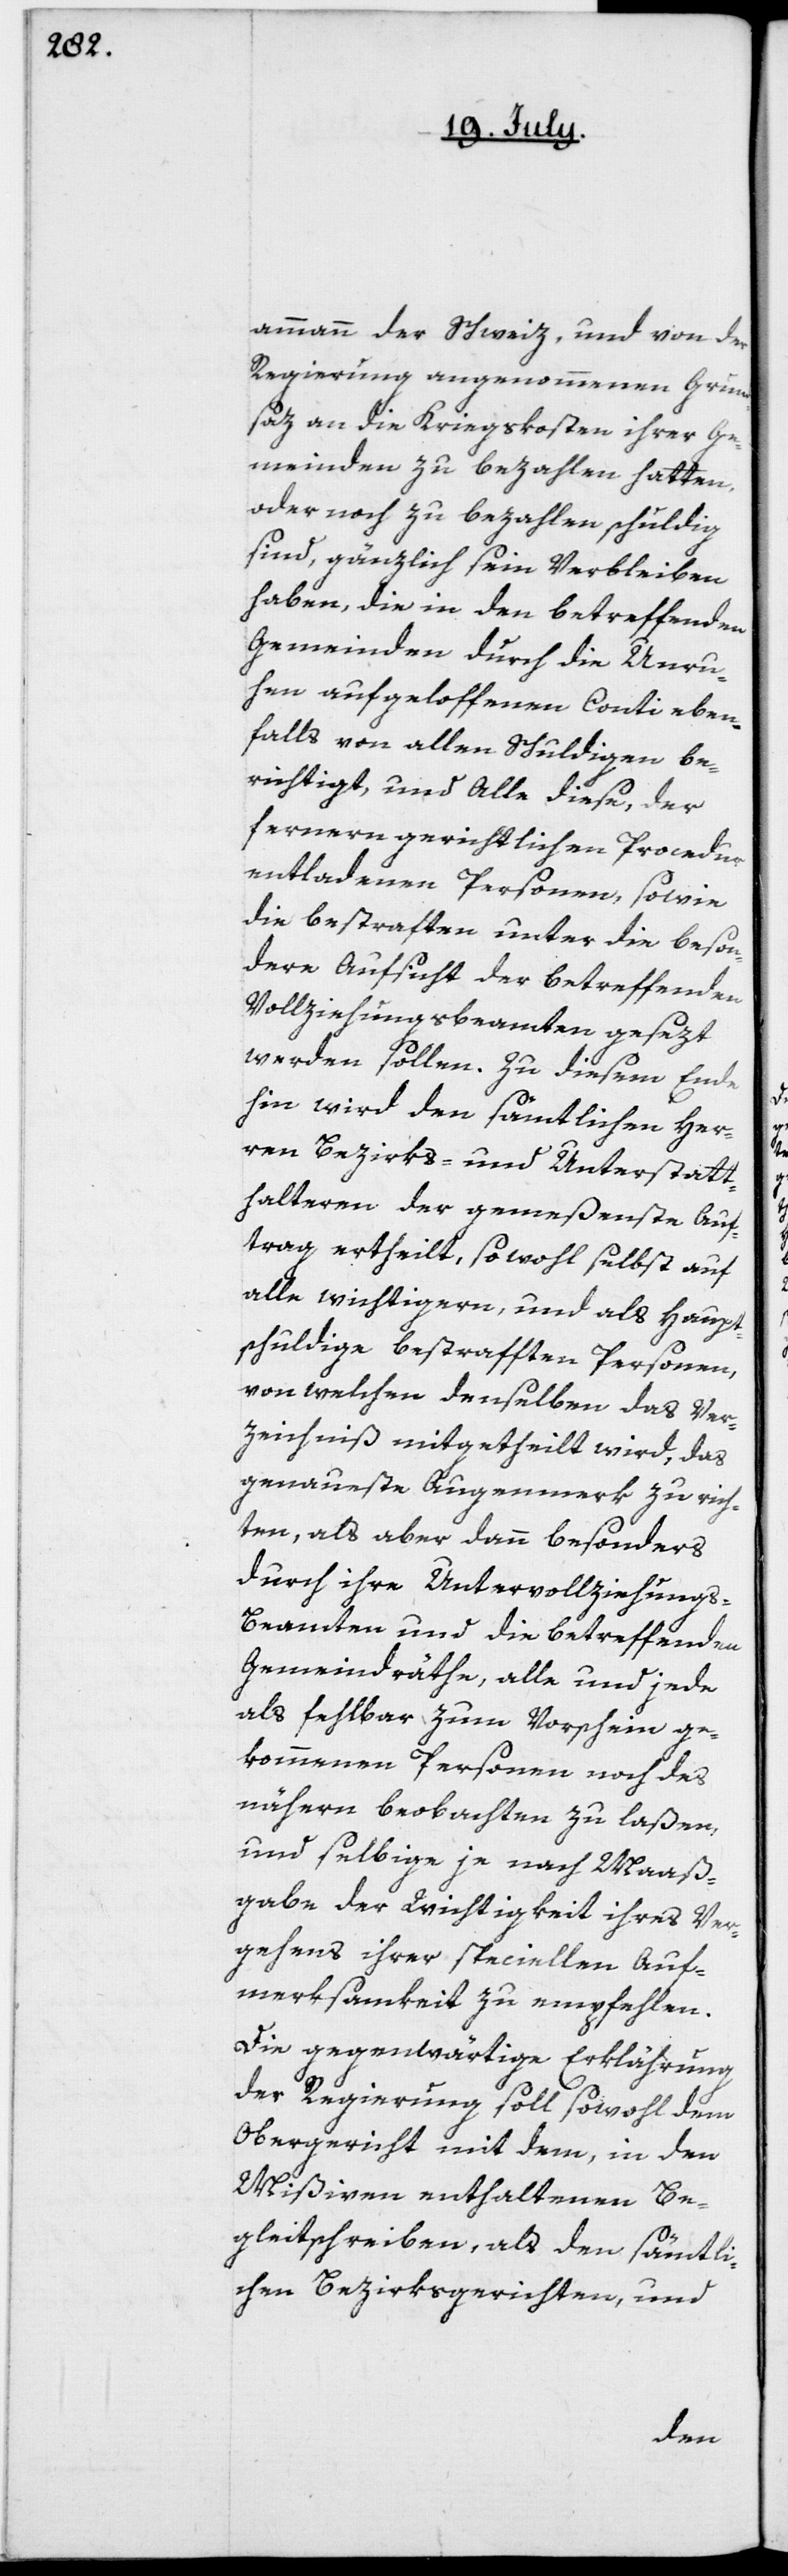
ammann der Schweiz, und von der
Regierung angenommenen Grund¬
saz an die Kriegskosten ihrer Ge¬
meinden zu bezahlen hatten,
oder noch zu bezahlen schuldig
sind, gänzlich sein Verbleiben
haben, die in den betreffenden
Gemeinden durch die Unru¬
hen aufgeloffenen Conti eben¬
falls von allen Schuldigen be¬
richtigt, und Alle diese, der
fernern gerichtlichen Procedur
entladenen Personen, sowie
die bestraften und die beson¬
dere Aufsicht der betreffenden
Vollziehungsbeamten gesezt
werden sollen. Zu diesem Ende
hin wird den sämtlichen Her¬
ren Bezirks- und Unterstatt¬
halteren der gemeßenste Auf¬
trag ertheilt, sowohl selbst auf
alle wichtigern, und als Haupt¬
schuldige bestrafften Personen,
von welchen denselben das Ver¬
zeichniß mitgetheilt wird, das
genaueste Augenmerk zu rich¬
ten, als aber dann besonders
durch ihre Untervollziehung¬
s-Beamten und die betreffenden
Gemeindräthe, alle und jede
als fehlbar zum Vorschein ge¬
kommenen Personen noch des
nähern beobachten zu laßen,
und selbige je nach Maaß¬
gabe der Wichtigkeit ihres Ver¬
gehens ihrer speciellen Auf¬
merksamkeit zu empfehlen.
Die gegenwärtige Erklährung
der Regierung soll sowohl dem
Obergericht mit dem, in den
Mißiven enthaltenen Be¬
gleitschreiben, als den sämtli¬
chen Bezirksgerichten, und